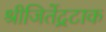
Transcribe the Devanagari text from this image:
श्रीजितेंद्रटाक